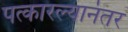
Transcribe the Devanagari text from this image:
पत्कारल्यानंतर